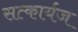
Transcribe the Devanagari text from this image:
सत्कार्यज